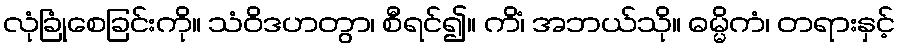
လုံခြုံစေခြင်းကို။ သံဝိဒဟတွာ၊ စီရင်၍။ ကိံ၊ အဘယ်သို။ ဓမ္မိကံ၊ တရားနှင့်